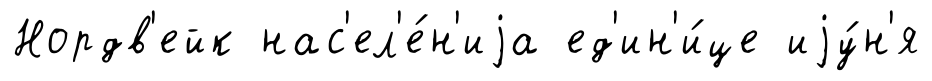
Нордв'ейк нас'ел'е́н'иjа ед'ин'и́це иjу́н'я